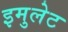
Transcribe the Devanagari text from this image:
इमुलेट